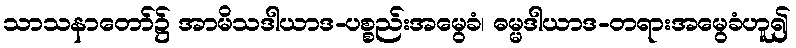
သာသနာတော်၌ အာမိသဒါယာဒ-ပစ္စည်းအမွေခံ၊ ဓမ္မဒါယာဒ-တရားအမွေခံဟူ၍